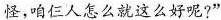
怪，咱仨人怎么就这么好呢?"